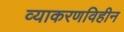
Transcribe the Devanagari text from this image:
व्याकरणविहीन